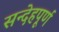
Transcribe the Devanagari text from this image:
सन्देहपूर्ण